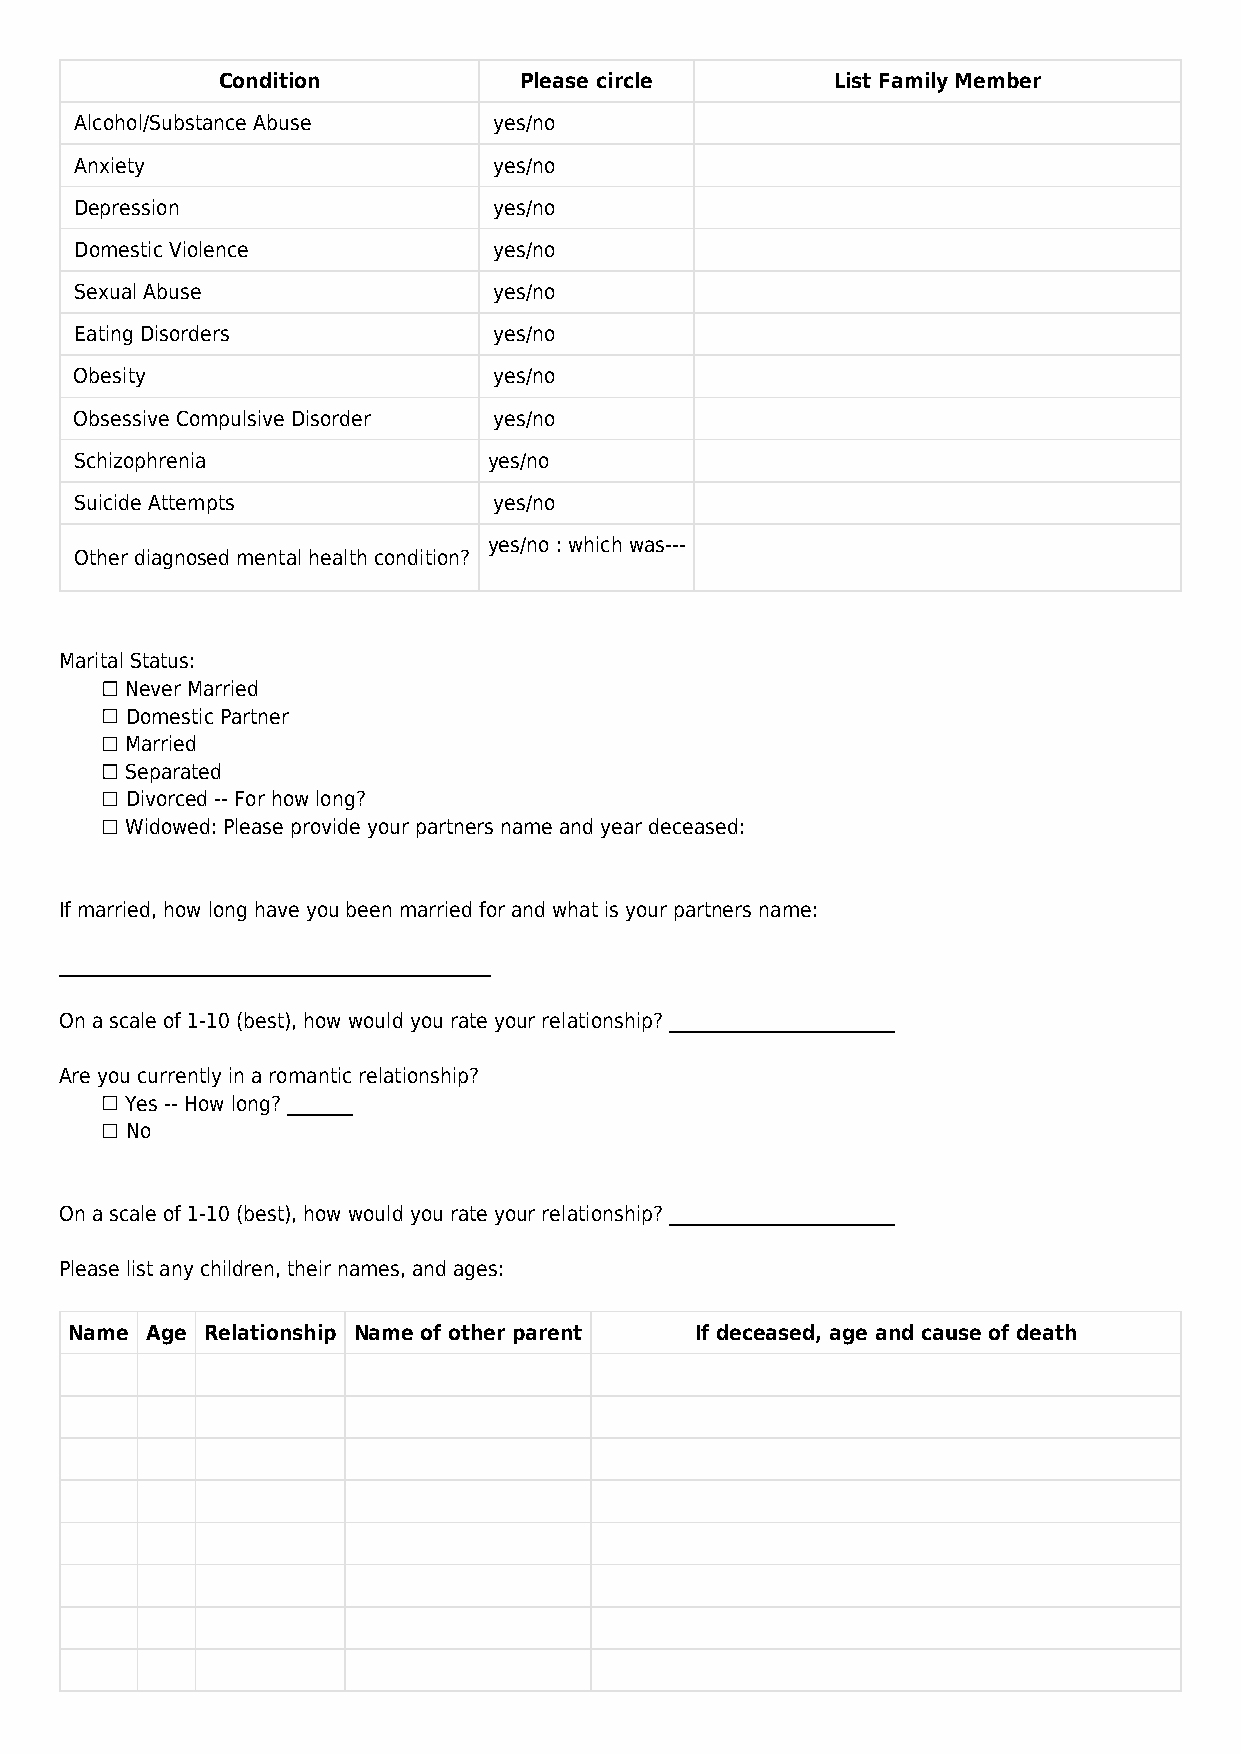
Condition           Please circle        List Family Member
 Alcohol/Substance Abuse     yes/no
 Anxiety                     yes/no
 Depression                  yes/no
 Domestic Violence           yes/no
 Sexual Abuse                yes/no
 Eating Disorders            yes/no
 Obesity                     yes/no
 Obsessive Compulsive Disorder yes/no
 Schizophrenia              yes/no
 Suicide Attempts            yes/no
 yes/no : which was---
 Other diagnosed mental health condition?
 Marital Status:
 Never Married
 Domestic Partner
 Married
 Separated
 Divorced -- For how long?
 Widowed: Please provide your partners name and year deceased:
 If married, how long have you been married for and what is your partners name:
 ______________________________________________
 On a scale of 1-10 (best), how would you rate your relationship? ________________________
 Are you currently in a romantic relationship?
 Yes -- How long? _______
 No
 On a scale of 1-10 (best), how would you rate your relationship? ________________________
 Please list any children, their names, and ages:
 Name Age Relationship Name of other parent If deceased, age and cause of death